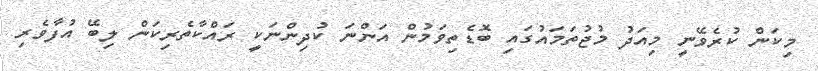
މިކަން ކުރެވޭނީ މިއަދު މުޖުތަމައުގައި ބޮޑެތިވަމުން އަންނަ ކުދިންނަކީ ރައްކާތެރިކަން ލިބޭ އުފާވެރި